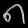
Digit: ၈